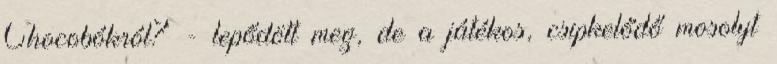
Chocobókról? - lepődött meg, de a játékos, csipkelődő mosolyt